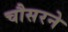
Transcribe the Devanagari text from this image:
चौसरने